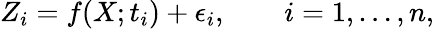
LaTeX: Z_{i}=f(X;t_{i})+\epsilon_{i},\qquad i=1,\ldots,n,